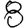
Digit: 8